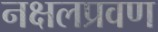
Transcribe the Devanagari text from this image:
नक्षलप्रवण